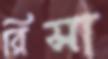
রিসা